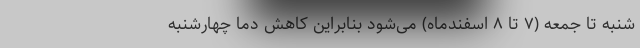
شنبه تا جمعه (۷ تا ۸ اسفندماه)‌ می‌شود بنابراین کاهش دما چهارشنبه